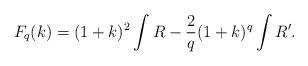
LaTeX: \begin{align*}F_q(k) = (1+k)^2\int R - \frac{2}{q} (1+k)^{q}\int R'.\end{align*}